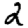
Digit: 2